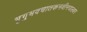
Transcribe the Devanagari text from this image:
भृगुभवचातकनवीनजलधर